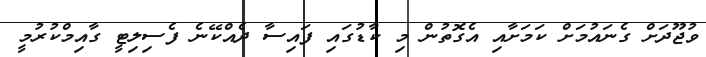
ވުޖޫދަށް ގެނައުމަށް ކަމަށާއި އެގޮތުން މި ކާޑުގައި ފައިސާ ދެއްކޭނެ ފެސިލިޓީ ގާއިމްކުރުމީ